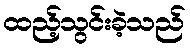
ထည့်သွင်းခဲ့သည်